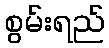
စွမ်းရည်